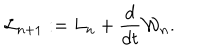
{ \cal L } _ { n + 1 } : = L _ { n } + { \frac { d } { d t } } { \cal W } _ { n } .